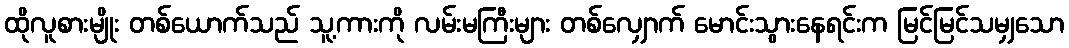
ထိုလူစားမျိုး တစ်ယောက်သည် သူ့ကားကို လမ်းမကြီးများ တစ်လျှောက် မောင်းသွားနေရင်းက မြင်မြင်သမျှသော